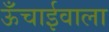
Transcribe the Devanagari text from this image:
ऊँचाईवाला